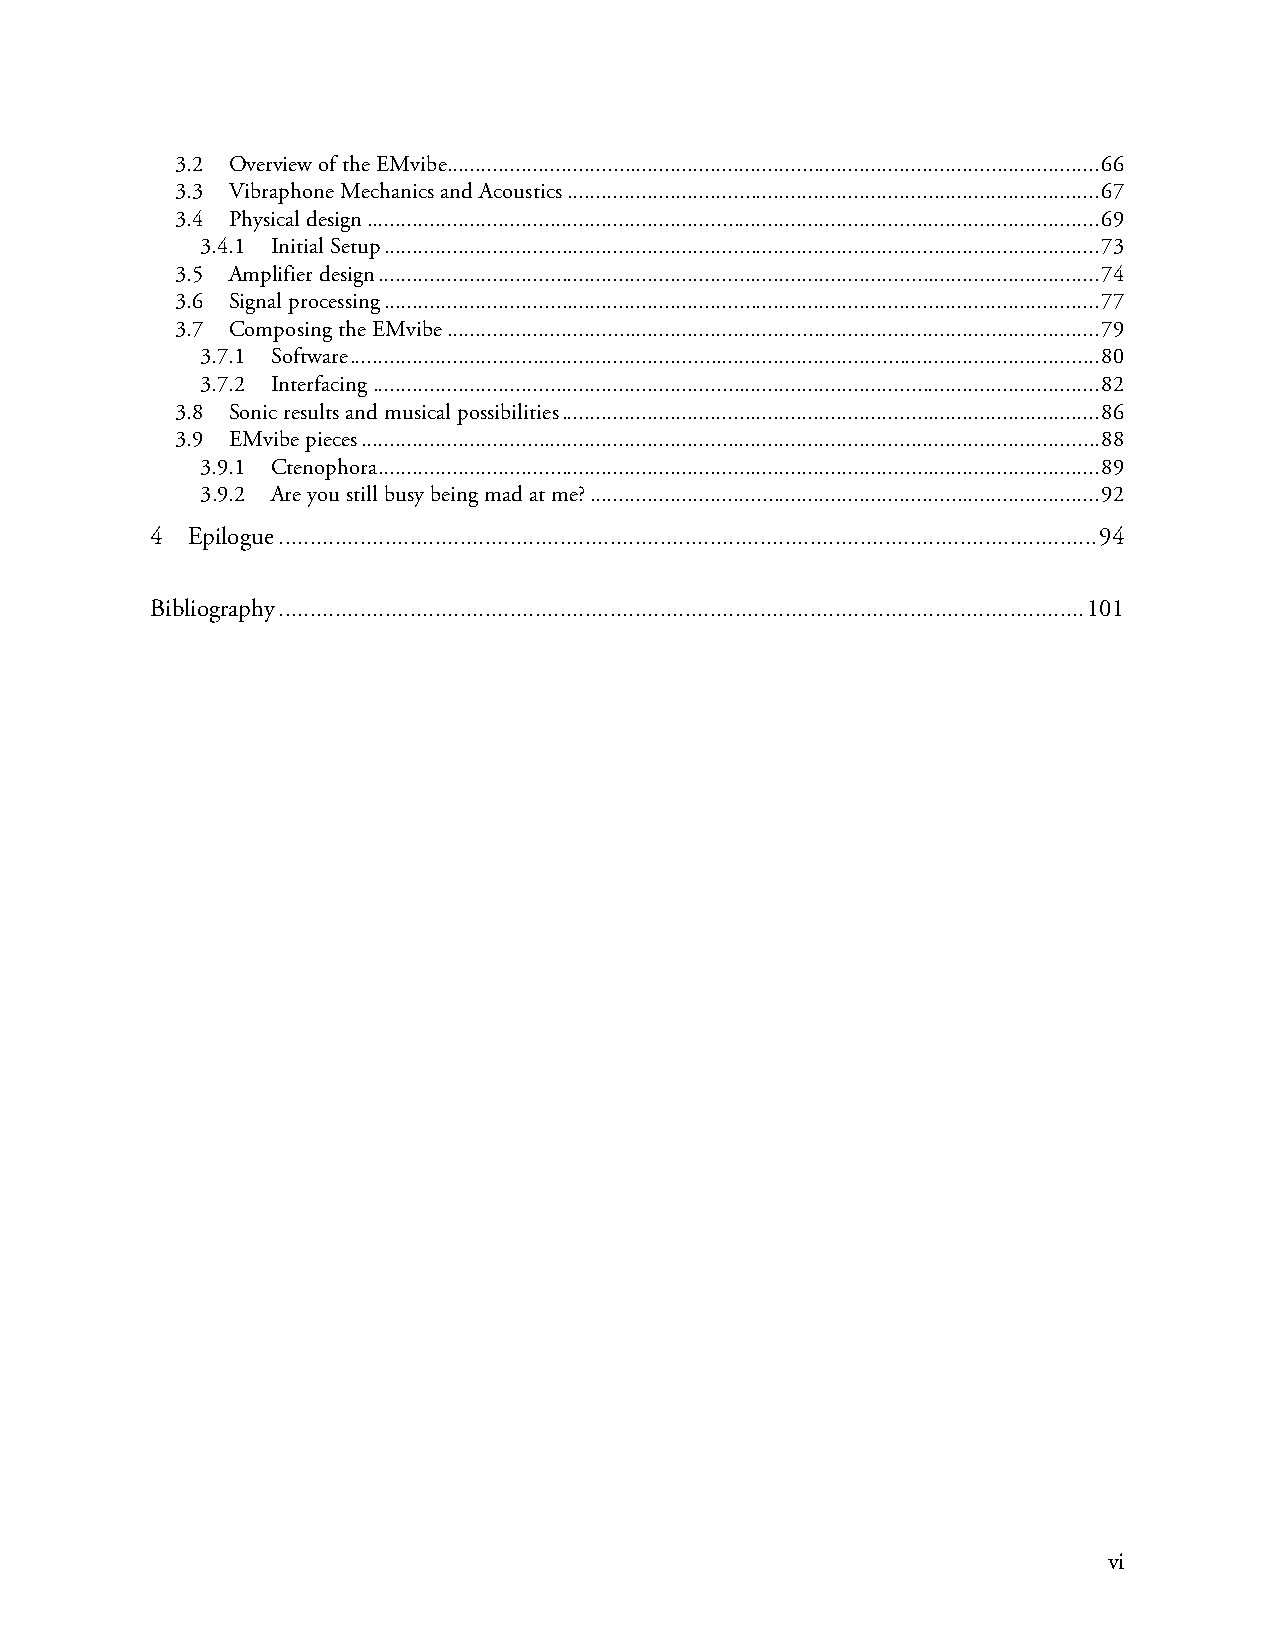
3.2 Overview of the EMvibe..................................................................................................................66
 3.3 Vibraphone Mechanics and Acoustics.............................................................................................67
 3.4 Physical design................................................................................................................................69
 3.4.1 Initial Setup.............................................................................................................................73
 3.5 Amplifier design..............................................................................................................................74
 3.6 Signal processing.............................................................................................................................77
 3.7 Composing the EMvibe..................................................................................................................79
 3.7.1 Software...................................................................................................................................80
 3.7.2 Interfacing...............................................................................................................................82
 3.8 Sonic results and musical possibilities..............................................................................................86
 3.9 EMvibe pieces.................................................................................................................................88
 3.9.1 Ctenophora..............................................................................................................................89
 3.9.2 Are you still busy being mad at me?.........................................................................................92
 4 Epilogue...................................................................................................................................94
 Bibliography.................................................................................................................................101
 vi